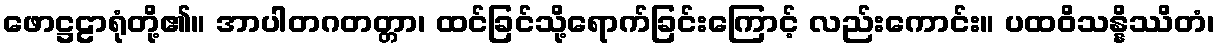
ဖောဋ္ဌဠာရုံတို့၏။ အာပါတဂတတ္တာ၊ ထင်ခြင်သို့ရောက်ခြင်းကြောင့် လည်းကောင်း။ ပထဝိသန္နိဿိတံ၊